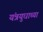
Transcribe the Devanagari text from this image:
यंत्रयुधाच्या